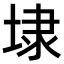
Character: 埭